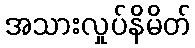
အသားလှုပ်နိမိတ်